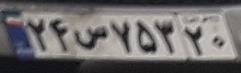
۲۴س۷۵۳۲۰